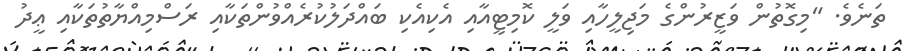
ތަނެވެ. "މިގޮތުން ވަޒީރުންގެ މަޖިލީހާއި ވަލީ ކޮމިޓީއާއި އެކިއެކި ބައްދަލުކުރެއްވުންތަކާއި ރަސްމިއްޔާތުތަކާއި ޢީދު